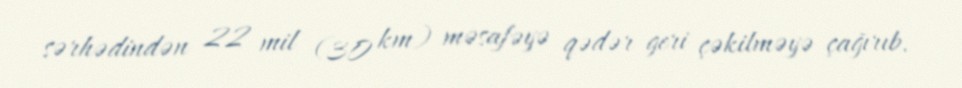
sərhədindən 22 mil (30 km) məsafəyə qədər geri çəkilməyə çağırıb.